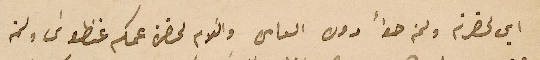
اين لحضرته ولمن حواً دوره العامره والسَلام لحضرة عمكم غنطوسَ ولمن